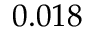
0 . 0 1 8